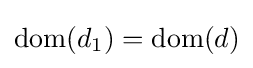
{\text{dom}}(d_{1})={\text{dom}}(d)